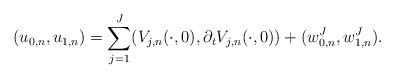
LaTeX: \begin{align*} (u_{0,n}, u_{1,n}) = \sum_{j =1}^J (V_{j,n}(\cdot, 0), \partial_t V_{j,n}(\cdot, 0)) + (w_{0,n}^J, w_{1,n}^J).\end{align*}